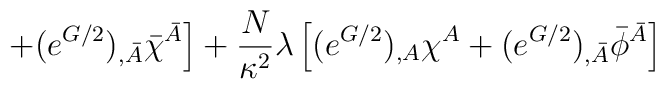
\left.+(e^{G/2})_{,\bar A} \bar\chi^{\bar A}\right] + \frac{N}{\kappa^2} \lambda \left[ (e^{G/2})_{,A}\chi^A +(e^{G/2})_{,\bar A} \bar\phi^{\bar A} \right]